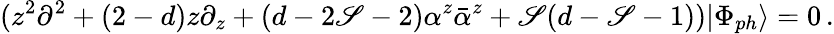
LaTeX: (z^{2}\partial^{2}+(2-d)z\partial_{z}+(d-2\mathscr{S}-2)\alpha^{z}\bar{{\alpha}}^{z}+\mathscr{S}(d-\mathscr{S}-1))|\Phi_{ph}\rangle=0\, .